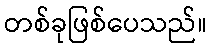
တစ်ခုဖြစ်ပေသည်။